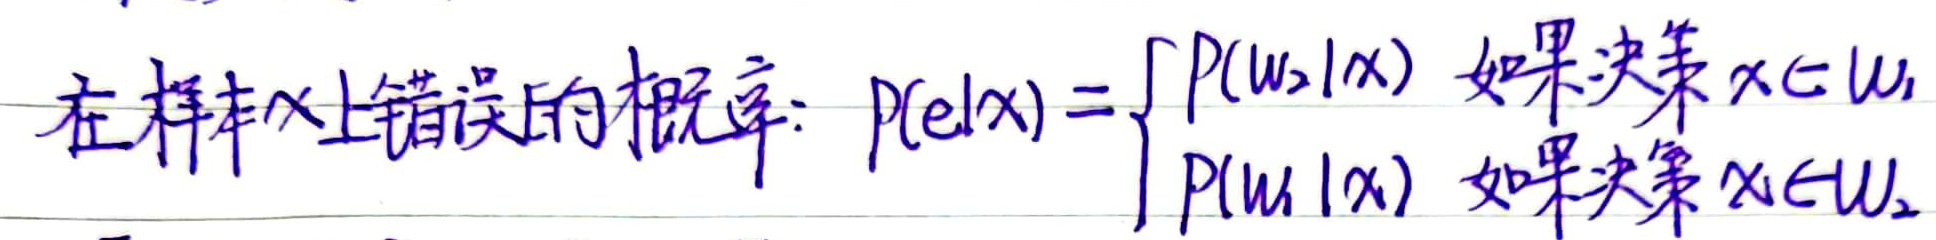
在样本\(x\)上错误的概率：\(P(e|x)=\begin{cases}P(\omega_2|x)&\text{如果决策 }x\in\omega_1\\P(\omega_1|x)&\text{如果决策 }x\in\omega_2\end{cases}\)